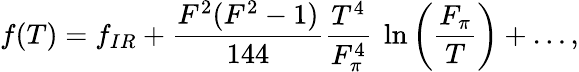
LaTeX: f(T)=f_{IR}+\frac{F^{2}(F^{2}-1)}{144}\frac{T^{4}}{F_{\pi}^{4}}~\ln\left(\frac{F_{\pi}}{T}\right)+\ldots,